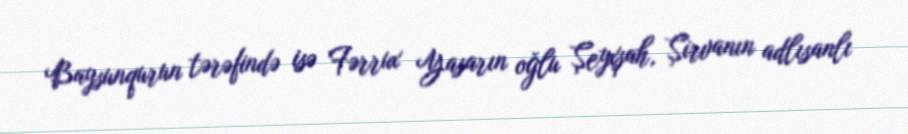
Baysunqurun tərəfində isə Fərrux Yasarın oğlu Şeyxşah, Şirvanın adlısanlı